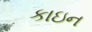
કાઇન